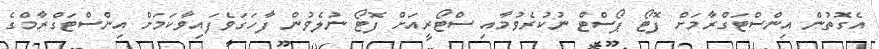
އެގޮތުން އިންސްޓަގްރާމަށް ފޮޓޯ ޕޯސްޓް ނުކުރެވުމާއި ސްޓޯރީއަށް ފޮޓޯ ނުލެވުން ފާހަގަވެފައިވާކަމަށް އިންސްޓަގްރާމްގެ